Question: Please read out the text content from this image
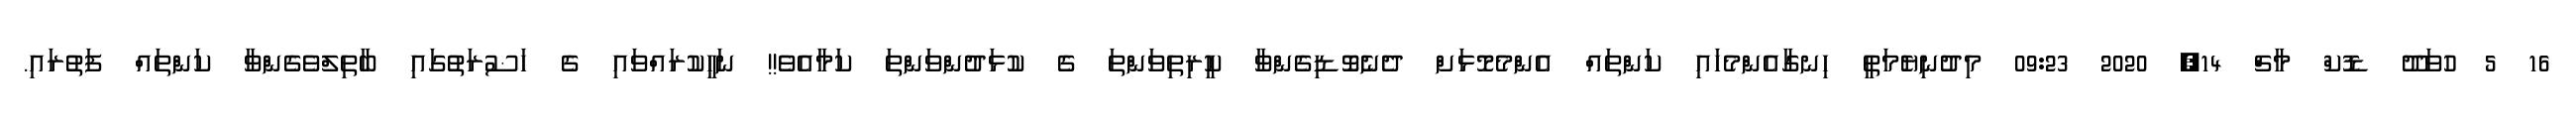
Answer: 16 5 ހުވަދޫ ޑޮކް މާޗް 14, 2020 09:23 މިދުނިޔެމަތީ ހިނގާއެންމެހައި ކަންތައް އެންމެމޮޅަށް ދެނެވޮޑިގެންވާ ކީރިތިވަންތަ ގެ ކުޅަދުންވަންތަ ކަމާއެވެ!! ނަހީކުރައްވައި ގެ ހަޟުރަތުގައި ބާތިލްވެގެންވާ ކަންތައް ފަތުރައި.